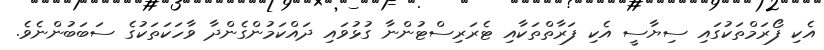
އެކި ފޯރަމްތަކުގައި ސިޔާސީ އެކި ފަރާތްތަކާއި ޓެރަރިސްޓުންނާ ގުޅުވައި ދައްކަމުންގެންދާ ވާހަކަތަކުގެ ސަބަބުންނެވެ.